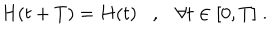
H ( t + T ) = H ( t ) , \forall t \in [ 0 , T ] \; .